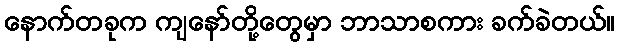
နောက်တခုက ကျနော်တို့တွေမှာ ဘာသာစကား ခက်ခဲတယ်။